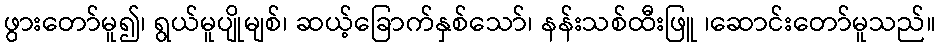
ဖွားတော်မူ၍၊ ရွယ်မူပျိုမျစ်၊ ဆယ့်ခြောက်နှစ်သော်၊ နန်းသစ်ထီးဖြူ ၊ဆောင်းတော်မူသည်။